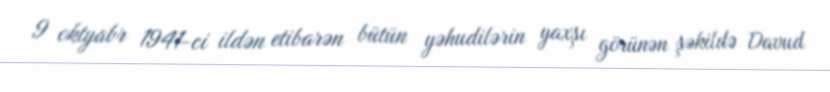
9 oktyabr 1941-ci ildən etibarən bütün yəhudilərin yaxşı görünən şəkildə Davud